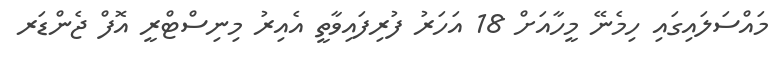
މައްސަލައިގައި ހިމެނޭ މީހާއަށް 18 އަހަރު ފުރިފައިވާތީ އެއިރު މިނިސްޓްރީ އޮފް ޖެންޑަރ